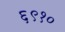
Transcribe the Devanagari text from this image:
६९१०